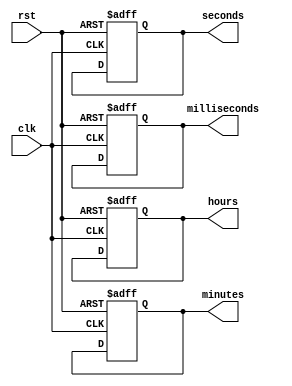
module RTC_timer (
    input clk,
    input rst,
    output reg [3:0] hours,
    output reg [5:0] minutes,
    output reg [5:0] seconds,
    output reg [9:0] milliseconds
);

reg [19:0] count; // 20-bit counter for timekeeping

always @ (posedge clk or posedge rst) begin
    if (rst) begin // Reset the timer
        count <= 20'd0;
        hours <= 4'd0;
        minutes <= 6'd0;
        seconds <= 6'd0;
        milliseconds <= 10'd0;
    end else begin
        count <= count + 1;

        if (count == 50_000_000) begin // 1 second has elapsed
            count <= 20'd0;

            milliseconds <= milliseconds + 10'd1;
            if (milliseconds == 1000) begin // 1 millisecond has elapsed
                milliseconds <= 10'd0;

                seconds <= seconds + 6'd1;
                if (seconds == 60) begin // 1 minute has elapsed
                    seconds <= 6'd0;

                    minutes <= minutes + 6'd1;
                    if (minutes == 60) begin // 1 hour has elapsed
                        minutes <= 6'd0;

                        hours <= hours + 4'd1;
                        if (hours == 24) begin // 1 day has elapsed
                            hours <= 4'd0;
                        end
                    end
                end
            end
        end
    end
end

endmodule